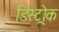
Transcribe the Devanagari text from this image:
डिस्ट्रोक